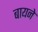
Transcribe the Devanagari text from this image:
बायने